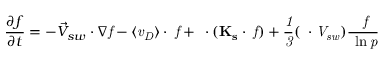
\frac { \partial f } { \partial t } = - \vec { V } _ { s w } \cdot \nabla \it { f } - \langle \vec { v } _ { D } \rangle \cdot \nabla \it { f } + \nabla \cdot ( \bf { K } _ { s } \cdot \nabla \it { f } ) + \frac { 1 } { 3 } ( \nabla \cdot \vec { V } _ { s w } ) \frac { \partial f } { \partial \ln p }